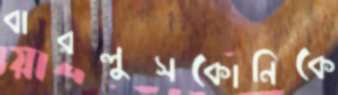
বারলুসকোনিকে